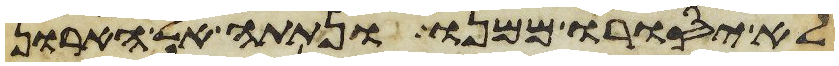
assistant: לא יסורו ממנו ונתתה אל הארון